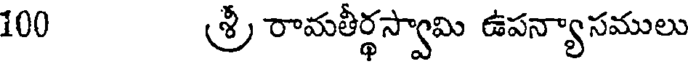
100 శ్రీ రామతీర్థస్వామి ఉపన్యాసములు